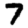
Digit: 7